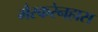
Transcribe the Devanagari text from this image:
मैस्करेनहास